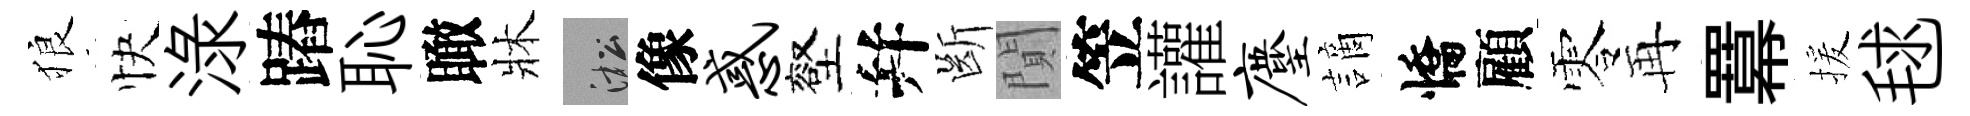
狼快渌蹖恥瞰牀淞像惑壑幷㫁閴笠讙麈謫憍顧零再羃援毬